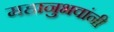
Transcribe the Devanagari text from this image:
महानुभवांनी